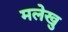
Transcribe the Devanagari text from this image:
मलेखु